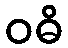
ဝဓိ